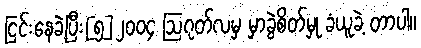
ငြင်းနေခဲ့ပြီး[၅]၂၀၀၄ ဩဂုတ်လမှ မှာခွဲစိတ်မှု ခံယူခဲ့ တာပါ။